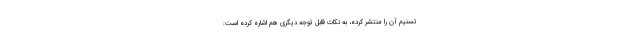
تسنیم آن را منتشر کرده، به نکات قابل توجه دیگری هم اشاره کرده است: